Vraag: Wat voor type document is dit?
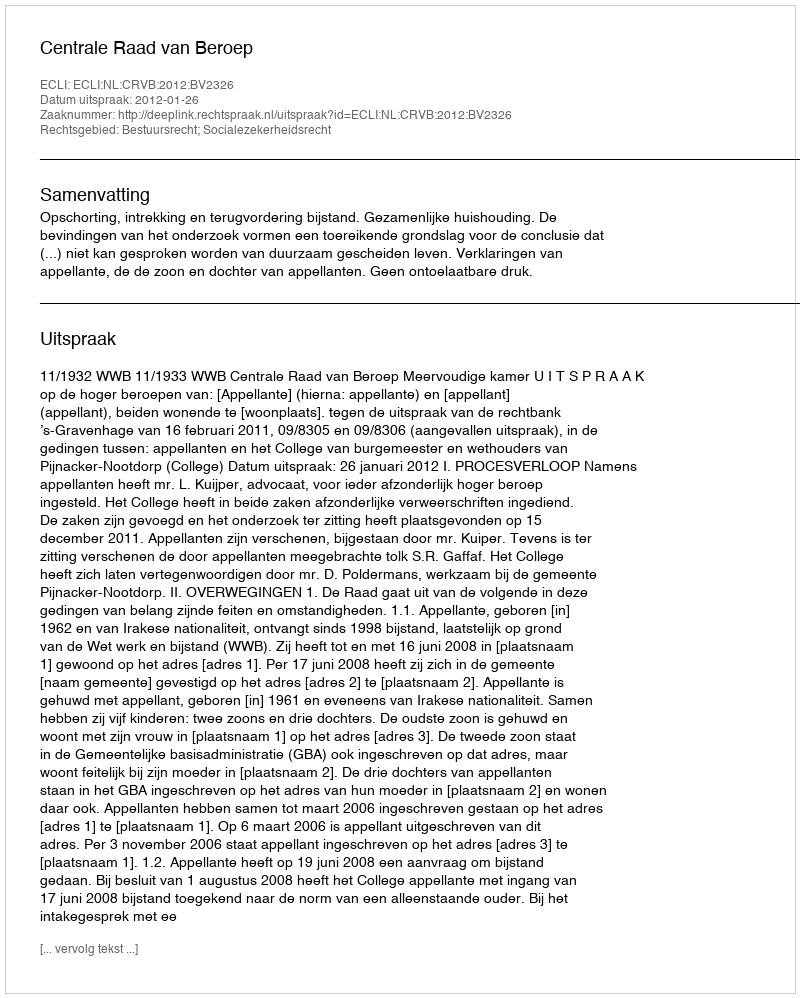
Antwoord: Uitspraak